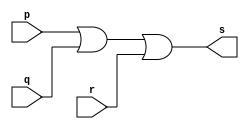
// ----------------------------------------
// Exercicio05 - OR
// Nome: Joo Henrique Mendes de Oliveira
//-----------------------------------------

//-----------------------------------------
//--or gate
//-----------------------------------------
module orgate(output s, input p, input q, input r);

 assign s = (p | q) | r; 
endmodule // orgate

//-----------------------------------------
//--test or gate
//-----------------------------------------
module testorgate;
//-----------------------------dados locais
 reg a, b, c;	//definir registrador
 wire s;	//definir conexo (fio)
//--------------------------------instancia
 orgate OR1(s, a, b, c);
//-------------------------------preparacao
 initial begin: star
  a = 0; b = 0; c = 0;
 end
//--------------------------parte principal
 initial begin
	 $display("Exerccio 05 - Joo Henrique M. de Oliveira - 392734");
	 $display("Test OR gate");
	 $display("\n (a & b) & c s\n");
	 a = 0; b = 0; c = 0;
	#1 $display("(%b & %b)& %b = %b", a, b, c, s); 
	 a = 0; b = 0; c = 1;
	#1 $display("(%b & %b)& %b = %b", a, b, c, s);
	 a = 0; b = 1; c = 0;
	#1 $display("(%b & %b)& %b = %b", a, b, c, s);
	 a = 0; b = 1; c = 1;
	#1 $display("(%b & %b)& %b = %b", a, b, c, s);
	 a = 1; b = 0; c = 0;
	#1 $display("(%b & %b)& %b = %b", a, b, c, s);
	 a = 1; b = 0; c = 1;
	#1 $display("(%b & %b)& %b = %b", a, b, c, s);
	 a = 1; b = 1; c = 0;
	#1 $display("(%b & %b)& %b = %b", a, b, c, s);
	 a = 1; b = 1; c = 1;
	#1 $display("(%b & %b)& %b = %b", a, b, c, s);
 end
	 
 endmodule // testorgate